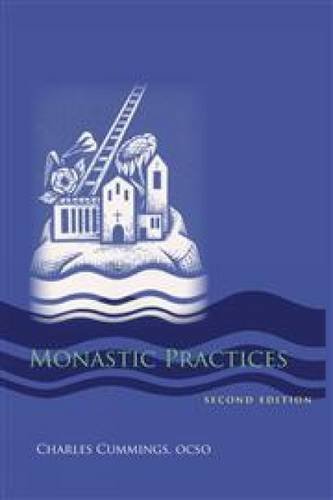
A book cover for Monastic Practices (Monastic Wisdom Series); Charles Cummings OCSO; Christian Books & Bibles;